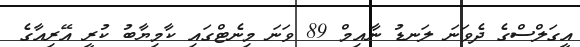
އީގަލްސްގެ ދެވަނަ ލަނޑު ނާއިމް 89 ވަނަ މިނެޓްގައި ކާމިޔާބު ކުރީ އޭރިއާގެ